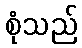
စုံသည်